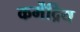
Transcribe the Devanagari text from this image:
कर्मेंद्रिय